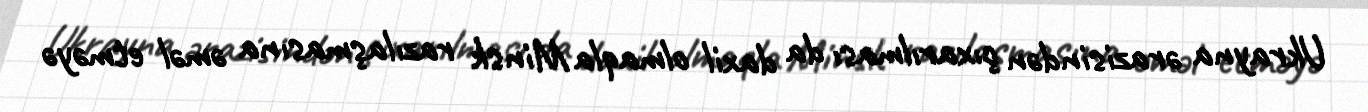
Ukrayna ərazisindən çıxarılması da daxil olmaqla Minsk razılaşmasına əməl etməyə